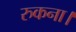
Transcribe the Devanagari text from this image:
रुकना।